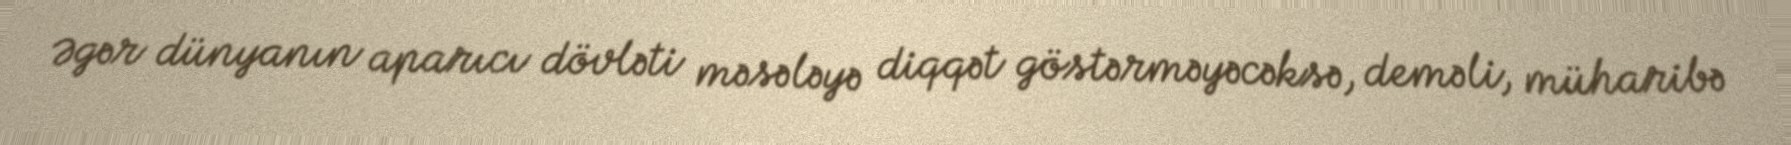
Əgər dünyanın aparıcı dövləti məsələyə diqqət göstərməyəcəksə, deməli, müharibə